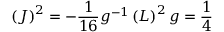
\left( J \right) ^ { 2 } = - \frac { 1 } { 1 6 } g ^ { - 1 } \left( L \right) ^ { 2 } g = \frac { 1 } { 4 }